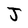
Character: J